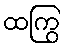
ထကြွ